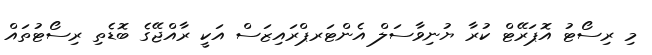
މި ރިސޯޓު އޮޕަރޭޓް ކުރާ ޔުނިވާސަލް އެންޓަރޕްރައިޒަސް އަކީ ރާއްޖޭގެ ބޮޑެތި ރިސޯޓުތައް